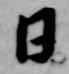
日